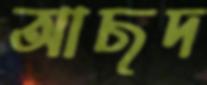
আছদ